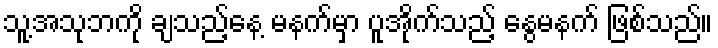
သူ့အသုဘကို ချသည့်နေ့ မနက်မှာ ပူအိုက်သည့် နွေမနက် ဖြစ်သည်။